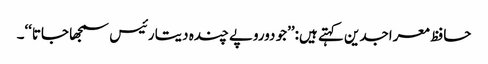
حافظ معراجدین کہتے ہیں:’’جو دوروپے چندہ دیتا رئیس سمجھا جاتا‘‘۔